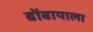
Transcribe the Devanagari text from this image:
बोंबायाला